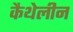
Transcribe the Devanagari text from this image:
कैथेलीन